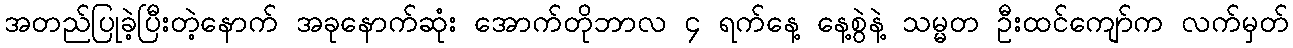
အတည်ပြုခဲ့ပြီးတဲ့နောက် အခုနောက်ဆုံး အောက်တိုဘာလ ၄ ရက်နေ့ နေ့စွဲနဲ့ သမ္မတ ဦးထင်ကျော်က လက်မှတ်